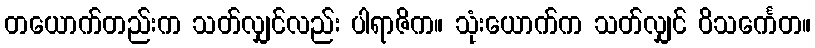
တယောက်တည်းက သတ်လျှင်လည်း ပါရာဇိက။ သုံးယောက်က သတ်လျှင် ဝိသင်္ကေတ။